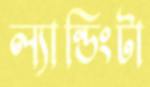
ল্যান্ডিংটা